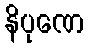
နိပုဏေ